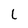
Character: L